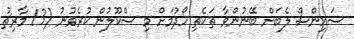
ސައިންސް ލެބަށް ބޭނުންވާ ތަކެތި ހޯދުމަށް މި ސްކޫލުން ކުރެވުނު (13 މާރިޗު